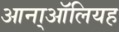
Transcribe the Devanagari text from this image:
आना्ऑलियह